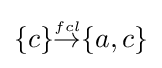
{\textstyle \{c\}{\stackrel {\scriptscriptstyle fcl}{\rightarrow }}\{a,c\}}